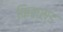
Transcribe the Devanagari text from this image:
फ़ि़क्स्ड